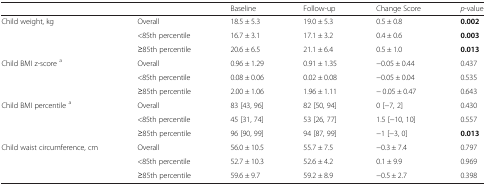
|  |  | Baseline | Follow-up | Change Score | p-value |
 | --- | --- | --- | --- | --- | --- |
 | <ROWSPAN=3> Child weight, kg | Overall | 18.5 ± 5.3 | 19.0 ± 5.3 | 0.5 ± 0.8 | 0.002 |
 | <85th percentile | 16.7 ± 3.1 | 17.1 ± 3.2 | 0.4 ± 0.6 | 0.003 |
 | ≥85th percentile | 20.6 ± 6.5 | 21.1 ± 6.4 | 0.5 ± 1.0 | 0.013 |
 | <ROWSPAN=3> Child BMI z-score a | Overall | 0.96 ± 1.29 | 0.91 ± 1.35 | −0.05 ± 0.44 | 0.437 |
 | <85th percentile | 0.08 ± 0.06 | 0.02 ± 0.08 | −0.05 ± 0.04 | 0.535 |
 | ≥85th percentile | 2.00 ± 1.06 | 1.96 ± 1.11 | − 0.05 ± 0.47 | 0.643 |
 | <ROWSPAN=3> Child BMI percentile a | Overall | 83 [43, 96] | 82 [50, 94] | 0 [−7, 2] | 0.430 |
 | <85th percentile | 45 [31, 74] | 53 [26, 77] | 1.5 [−10, 10] | 0.557 |
 | ≥85th percentile | 96 [90, 99] | 94 [87, 99] | −1 [−3, 0] | 0.013 |
 | <ROWSPAN=3> Child waist circumference, cm | Overall | 56.0 ± 10.5 | 55.7 ± 7.5 | −0.3 ± 7.4 | 0.797 |
 | <85th percentile | 52.7 ± 10.3 | 52.6 ± 4.2 | 0.1 ± 9.9 | 0.969 |
 | ≥85th percentile | 59.6 ± 9.7 | 59.2 ± 8.9 | −0.5 ± 2.7 | 0.398 |